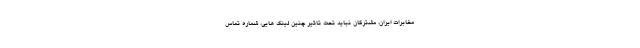
مخابرات ایران، مشترکان نباید تحت تاثیر چنین لینک هایی، شماره تماس